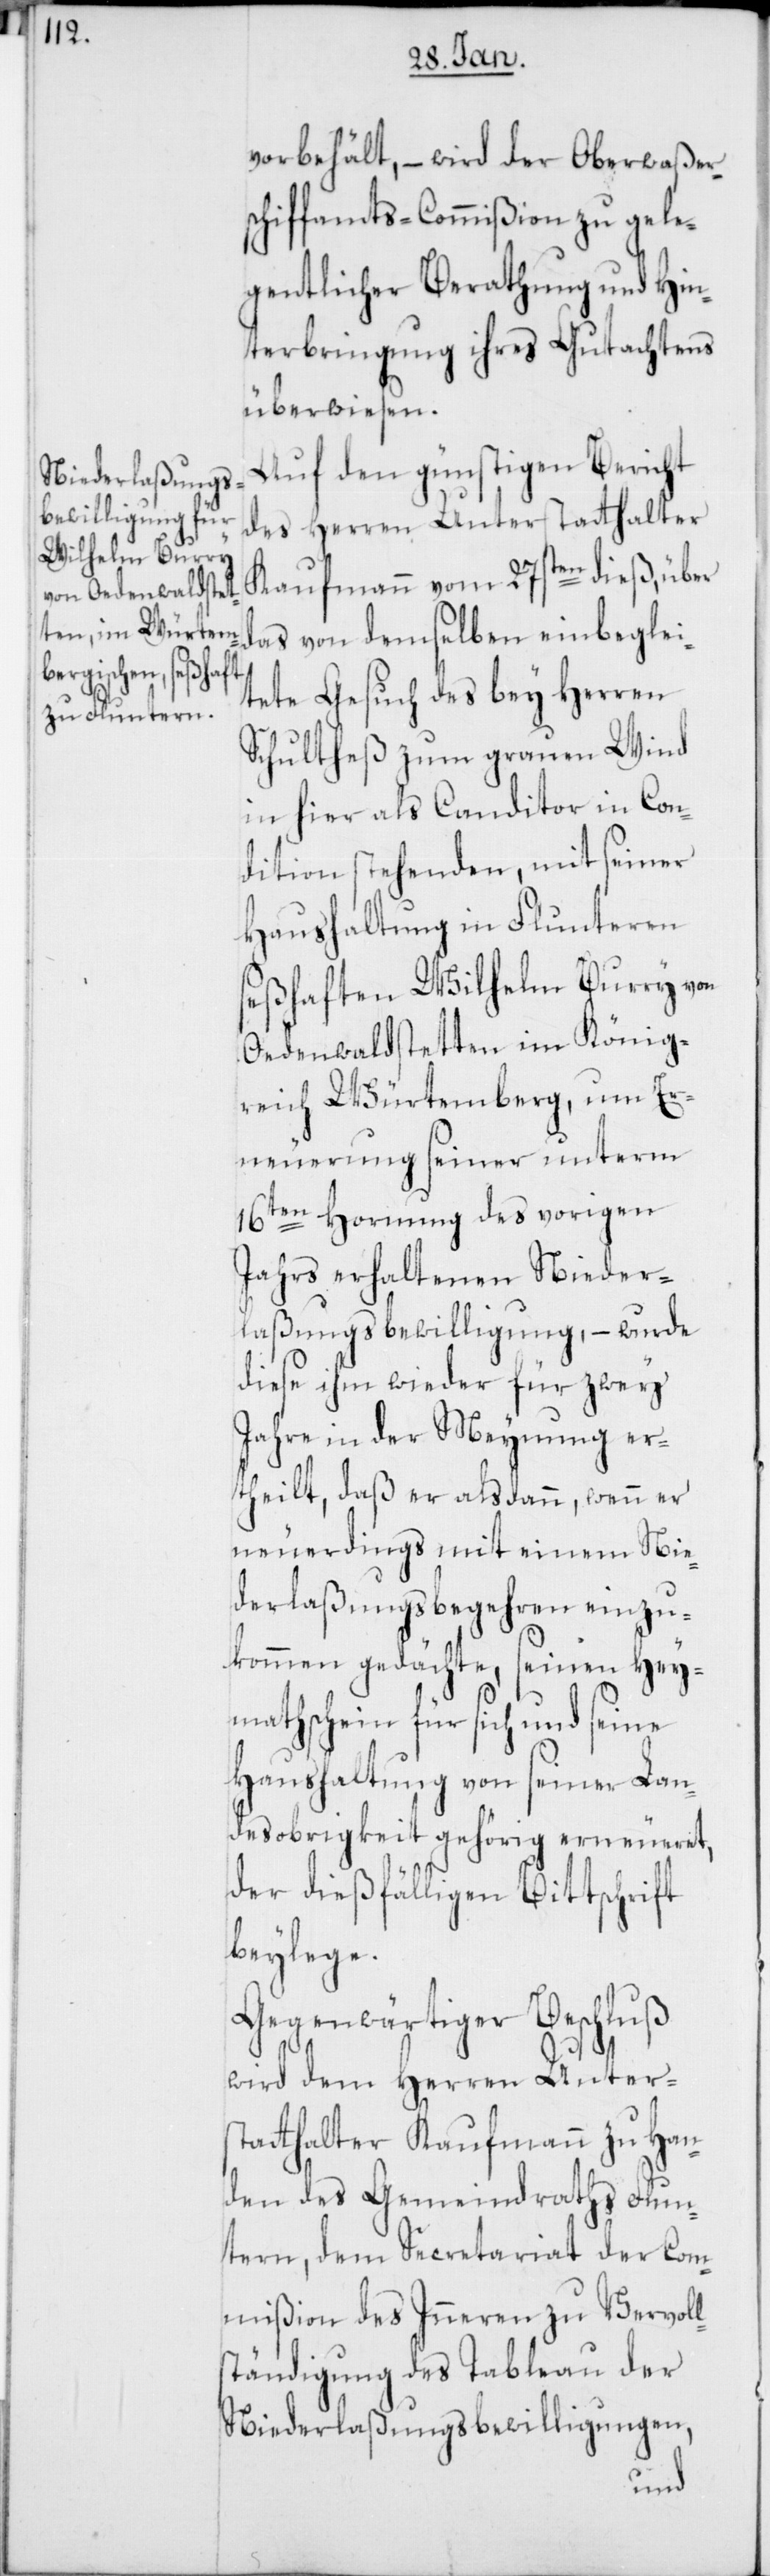
vorbehält, – wird der Oberwaßer¬
schiffamts-Commißion zu gele¬
gentlicher Berathung und Hin¬
terbringung ihres Gutachtens
überwiesen.
Auf den günstigen Bericht
des Herren Unterstatthalter
Kaufmann vom 27sten dieß, über
das von demselben einbeglei¬
tete Gesuch des bey Herren
Schultheß zum grauen Wind
hier als Canditor in Con¬
dition stehenden, mit seiner
Haushaltung in Flunteren
seßhaften Wilhelm Burry von
Oedenwaldstetten im König¬
reich Würtemberg, um Er¬
neuerung seiner unterm
16ten Hornung des vorigen
Jahrs erhaltenen Nieder¬
laßungsbewilligung, – wurde
diese ihm wieder für zwey
Jahre in der Meynung er¬
theilt, daß er alsdann , wenn er
neuerdings mit einem Nie¬
derlassungsbegehren einzu¬
kommen gedächte, seinen Hey¬
mathschein für sich und seine
Haushaltung von seiner Lan¬
desobrigkeit gehörig erneueret,
der dießfälligen Bittschrift
beylege.
Gegenwärtiger Beschluß
wird dem Herren Unters¬
tatthalter Kaufmann zu Han¬
den des Gemeindraths Flun¬
tern, dem Secretariat der Com¬
mißion des Inneren zu Vervoll¬
ständigung des Tableau der
Niederlaßungs-Bewilligungen,